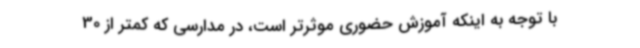
با توجه به اینکه آموزش حضوری موثرتر است، در مدارسی که کمتر از 30